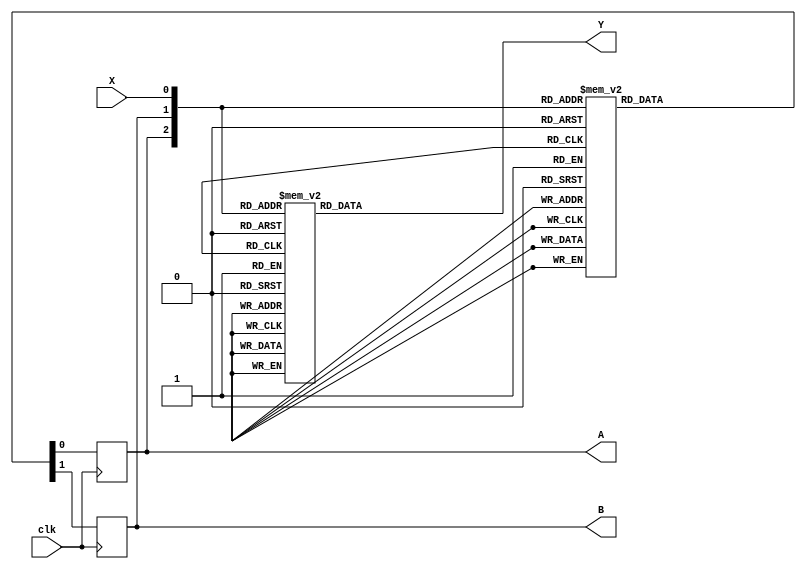
module lab08_2(X,Y,A,B,clk);
	input X;
	input clk;
	output Y;
	output A;
	output B;
	reg A,B,Y;
	always@(posedge clk)begin
		case({A,B,X})
			3'b000: 
				begin 
					A<=1'b0;
					B<=1'b0;
				end
			3'b001: 
				begin 
					A<=1'b0;
					B<=1'b1;
				end
			3'b010: 
				begin 
					A<=1'b0;
					B<=1'b0;
				end
			3'b011: 
				begin 
					A<=1'b1;
					B<=1'b1;
				end
			3'b100: 
				begin 
					A<=1'b0;
					B<=1'b0;
				end
			3'b101: 
				begin 
					A<=1'b1;
					B<=1'b0;
				end
			3'b110: 
				begin 
					A<=1'b0;
					B<=1'b0;
				end
			3'b111: 
				begin 
					A<=1'b1;
					B<=1'b0;
				end
		endcase
	end
	
always @(*)begin
	case({A,B,X})
		3'b000: Y=1'b0;
		3'b001: Y=1'b0;
		3'b010: Y=1'b1;
		3'b011: Y=1'b0;
		3'b100: Y=1'b1;
		3'b101: Y=1'b0;
		3'b110: Y=1'b1;
		3'b111: Y=1'b0;	
	endcase
end

endmodule